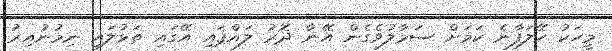
މީހަކު ހޭލަފާނެ ކަމަށް ސަމާލުވެގެން އޭނާ ދޮރު ލައްޕައި އޭގައި ތަޅުލައި ނިމުނުއިރު